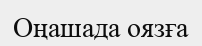
Оңашада оязға